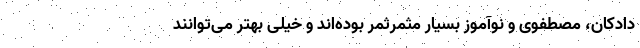
دادکان، مصطفوی و نوآموز بسیار مثمرثمر بوده‌اند و خیلی بهتر می‌توانند